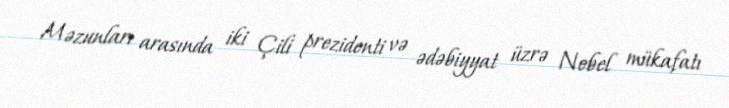
Məzunları arasında iki Çili prezidenti və ədəbiyyat üzrə Nobel mükafatı